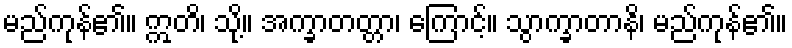
မည်ကုန်၏။ ဣတိ၊ သို့။ အက္ခာတတ္တာ၊ ကြောင့်။ သွာက္ခာတာနိ၊ မည်ကုန်၏။